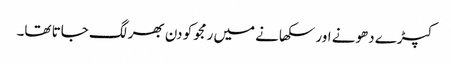
کپڑے دھونے اور سکھانے میں رمجو کو دن بھر لگ جاتا تھا۔